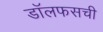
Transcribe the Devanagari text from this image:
डॉलफसची